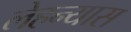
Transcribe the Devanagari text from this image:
लेहन्यास